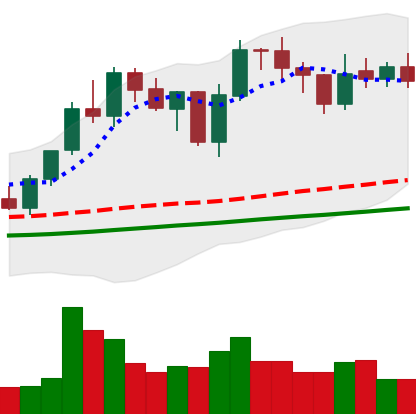
Ticker: LINK-USD
Chart end date: 2021-01-31
Forward return: 16.66%
Label: up_7plus